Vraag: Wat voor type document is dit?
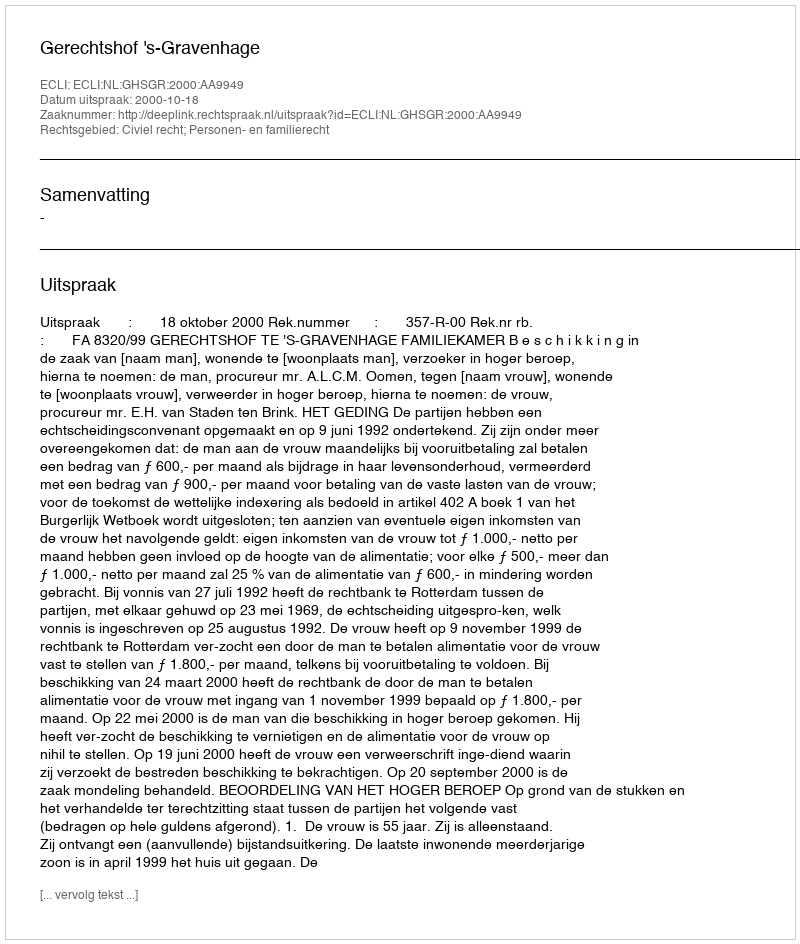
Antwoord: Uitspraak